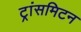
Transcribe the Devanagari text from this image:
ट्रांसमिटन